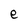
Character: e